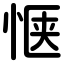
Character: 惬